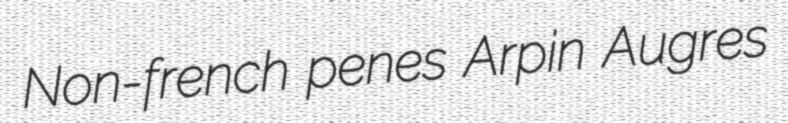
Non-french penes Arpin Augres